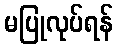
မပြုလုပ်ရန်